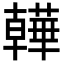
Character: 𧂽